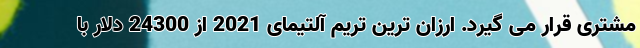
مشتری قرار می گیرد. ارزان ترین تریم آلتیمای 2021 از 24300 دلار با